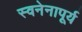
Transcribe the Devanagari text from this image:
स्वनेनापूर्य